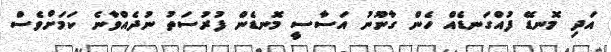
އަދި މޮނޑޭ ފުއްގަނޑެއް ހެން ގާނޫނު އަސާސީ މޮނޑެން ފުރުސަތު ނުދެއްވާނެ ކަމަށްވެސް